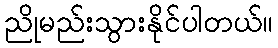
ညိုမည်းသွားနိုင်ပါတယ်။